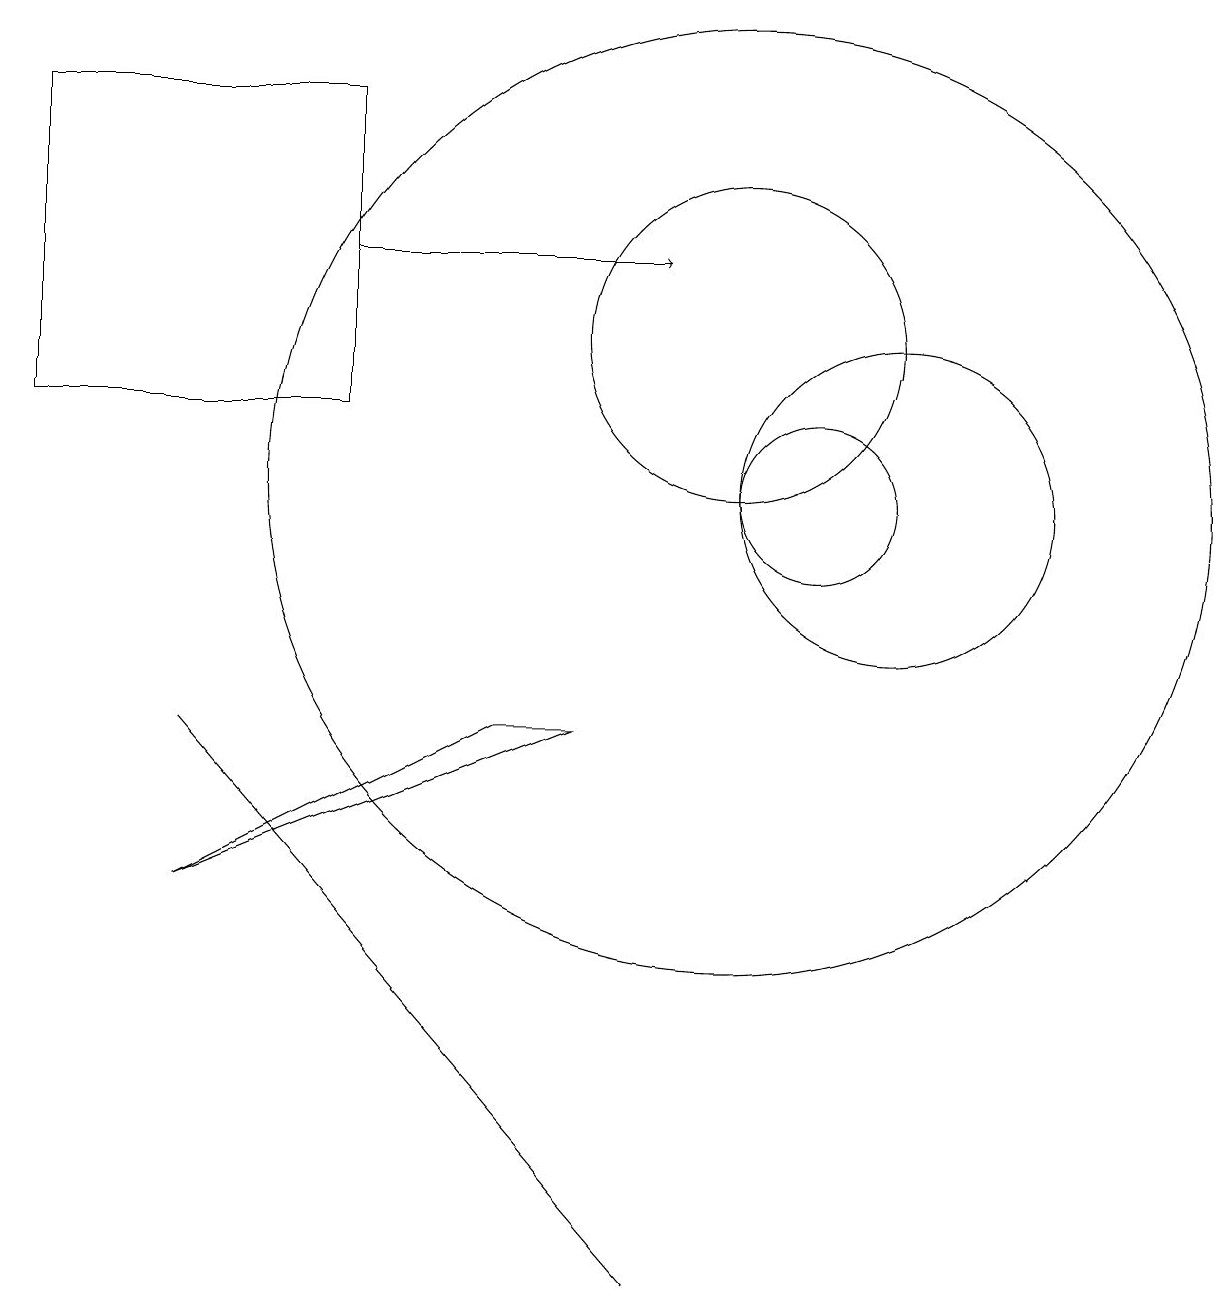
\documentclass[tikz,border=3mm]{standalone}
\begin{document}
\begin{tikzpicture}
\draw[->] (5,13) -- (9,13);
\draw (1,11) rectangle (5,15);
\draw (11,10) circle (1);
\draw (10,12) circle (2);
\draw (9,0) -- (3,7) -- (9,0) -- cycle;
\draw (7,7) -- (3,5) -- (8,7) -- cycle;
\draw (10,10) circle (6);
\draw (12,10) circle (2);
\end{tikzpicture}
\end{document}